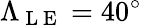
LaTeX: \Lambda_{\mathrm{~L~E~}}=40^{\circ}